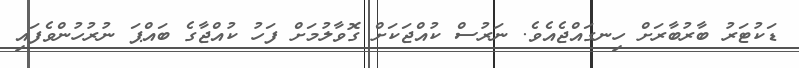
ޑަކުޓަރު ބާރުބާރަށް ހިނގައްޖެއެވެ. ނަރުސް ކުއްޖަކަށް ގޮވާލުމަށް ފަހު ކުއްޖާގެ ބައްޕަ ނުރުހުންވެފައި